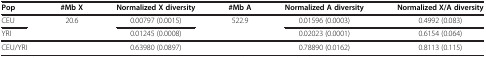
| Pop | #Mb X | Normalized X diversity | #Mb A | Normalized A diversity | Normalized X/A diversity |
 | --- | --- | --- | --- | --- | --- |
 | CEU | 20.6 | 0.00797 (0.0015) | 522.9 | 0.01596 (0.0003) | 0.4992 (0.083) |
 | YRI |  | 0.01245 (0.0008) |  | 0.02023 (0.0001) | 0.6154 (0.064) |
 | CEU/YRI |  | 0.63980 (0.0897) |  | 0.78890 (0.0162) | 0.8113 (0.115) |